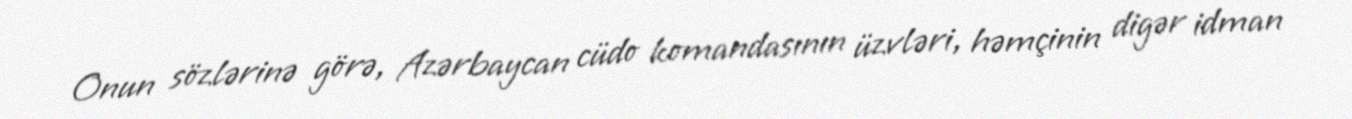
Onun sözlərinə görə, Azərbaycan cüdo komandasının üzvləri, həmçinin digər idman